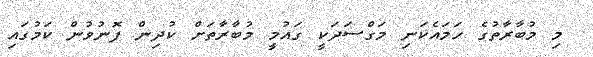
މި މުބާރާތުގެ ހަމައެކަނި މަގްސަދަކީ ގައުމީ މުބާރާތަށް ކުދިން ފޮނުވުން ކަމުގައި